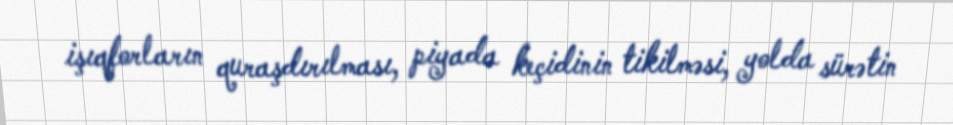
işıqforların quraşdırılması, piyada keçidinin tikilməsi, yolda sürətin